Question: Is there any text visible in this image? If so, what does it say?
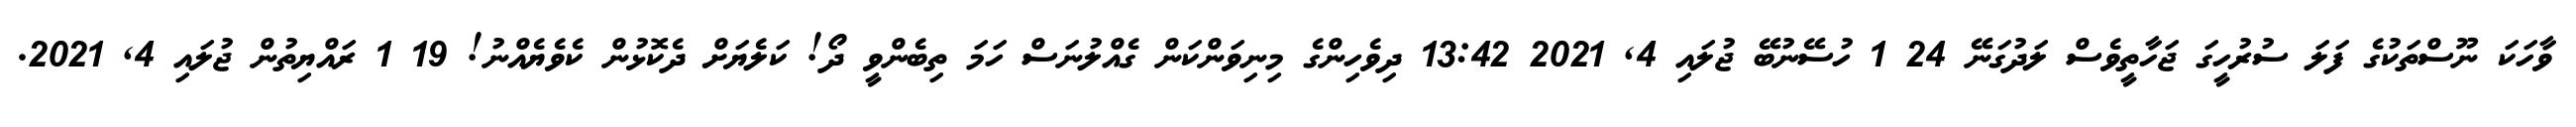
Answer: ވާހަކަ ނޫސްތަކުގެ ފަލަ ސުރުހީގަ ޖަހާތީވެސް ލަދުގަނޭ 24 1 ހުސޭނުބޭ ޖުލައި 4, 2021 13:42 ދިވެހިންގެ މިނިވަންކަން ގެއްލުނަސް ހަމަ ތިބެންވީ ދޯ! ކަލެޔަށް ދެކޮޅުން ކެވެޔެއްނު! 19 1 ރައްޔިތުން ޖުލައި 4, 2021.